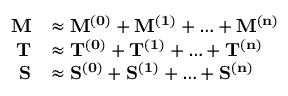
\begin{array} { r l } { \mathbf { M } } & { \approx \mathbf { M ^ { ( 0 ) } } + \mathbf { M ^ { ( 1 ) } } + \ldots + \mathbf { M ^ { ( n ) } } } \\ { \mathbf { T } } & { \approx \mathbf { T ^ { ( 0 ) } } + \mathbf { T ^ { ( 1 ) } } + \ldots + \mathbf { T ^ { ( n ) } } } \\ { \mathbf { S } } & { \approx \mathbf { S ^ { ( 0 ) } } + \mathbf { S ^ { ( 1 ) } } + \ldots + \mathbf { S ^ { ( n ) } } } \end{array}